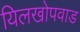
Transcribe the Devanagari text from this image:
यिलखोपवाड